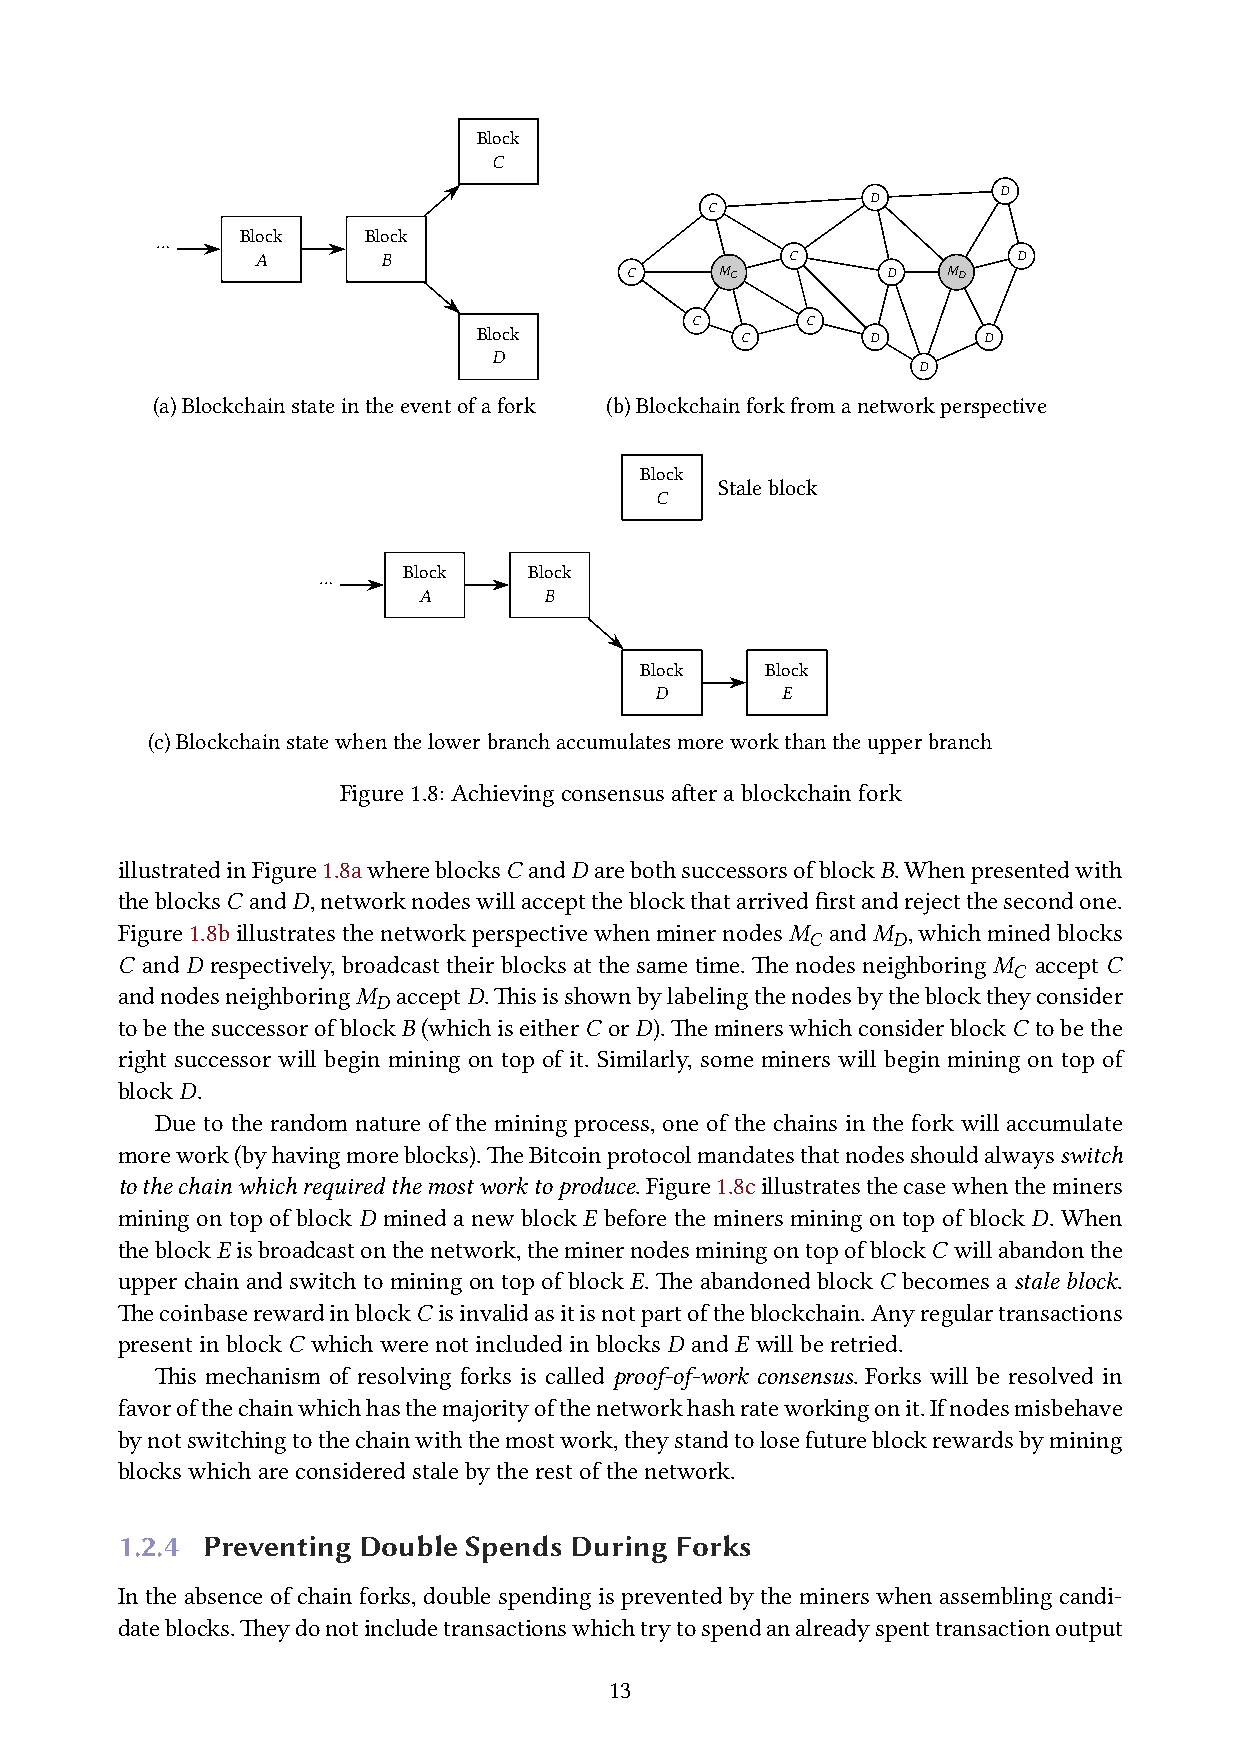
Block
 𝐶
 𝐷
 𝐷
 𝐶
 Block   Block
 ⋯
 𝐴       𝐵                          𝐶              𝐷
 𝐶      𝑀𝐶         𝐷   𝑀𝐷
 𝐶      𝐶
 Block            𝐶        𝐷      𝐷
 𝐷
 𝐷
 (a)Blockchainstateintheeventofafork (b)Blockchainforkfromanetworkperspective
 Block
 Staleblock
 𝐶
 Block   Block
 ⋯
 𝐴       𝐵
 Block    Block
 𝐷        𝐸
 (c)Blockchainstatewhenthelowerbranchaccumulatesmoreworkthantheupperbranch
 Figure1.8:Achievingconsensusafterablockchainfork
 illustratedinFigure1.8awhereblocks𝐶 and𝐷 arebothsuccessorsofblock𝐵.Whenpresentedwith
 theblocks𝐶 and𝐷,networknodeswillaccepttheblockthatarrivedfirstandrejectthesecondone.
 Figure1.8billustratesthenetworkperspectivewhenminernodes𝑀 and𝑀 ,whichminedblocks
 𝐶     𝐷
 𝐶 and 𝐷 respectively, broadcast their blocks at the same time. The nodes neighboring 𝑀 accept 𝐶
 𝐶
 andnodesneighboring𝑀 accept𝐷.Thisisshownbylabelingthenodesbytheblocktheyconsider
 𝐷
 tobethesuccessorofblock𝐵 (whichiseither𝐶 or𝐷).Theminerswhichconsiderblock𝐶 tobethe
 right successor will begin mining on top of it. Similarly, some miners will begin mining on top of
 block 𝐷.
 Due to the random nature of the mining process, one of the chains in the fork will accumulate
 morework(byhavingmoreblocks).TheBitcoinprotocolmandatesthatnodesshouldalwaysswitch
 tothechainwhichrequiredthemostworktoproduce.Figure1.8cillustratesthecasewhentheminers
 mining on top of block 𝐷 mined a new block 𝐸 before the miners mining on top of block 𝐷. When
 theblock𝐸 isbroadcastonthenetwork,theminernodesminingontopofblock𝐶 willabandonthe
 upper chain and switch to mining on top of block 𝐸. The abandoned block 𝐶 becomes a stale block.
 Thecoinbaserewardinblock𝐶 isinvalidasitisnotpartoftheblockchain.Anyregulartransactions
 presentinblock𝐶 whichwerenotincludedinblocks𝐷 and𝐸 willberetried.
 This mechanism of resolving forks is called proof-of-work consensus. Forks will be resolved in
 favorofthechainwhichhasthemajorityofthenetworkhashrateworkingonit.Ifnodesmisbehave
 bynotswitchingtothechainwiththemostwork,theystandtolosefutureblockrewardsbymining
 blockswhichareconsideredstalebytherestofthenetwork.
 1.2.4 Preventing Double Spends During Forks
 In the absence of chain forks, double spending is prevented by the miners when assembling candi-
 dateblocks.Theydonotincludetransactionswhichtrytospendanalreadyspenttransactionoutput
 13